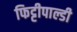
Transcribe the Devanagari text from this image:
फिट्टीपाल्डी